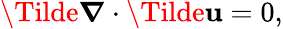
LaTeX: \boldsymbol{\Tilde{\nabla}}\cdot\boldsymbol{\Tilde{\mathbf{u}}}=0,